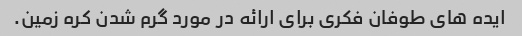
ایده های طوفان فکری برای ارائه در مورد گرم شدن کره زمین.